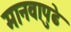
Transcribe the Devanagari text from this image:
मानवापुढे